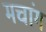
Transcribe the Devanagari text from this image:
मचांग